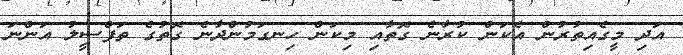
އަދި މީގެއިތުރުން އެކަން ކުރާނެ ގޮތާއި މިކަން ހިނގަމުންދާނެ ގޮތުގެ ތަފްސީލު އަންނަ